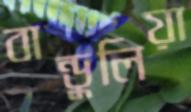
বান্ডুলিয়া